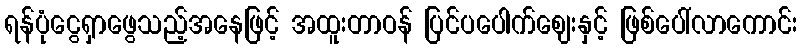
ရန်ပုံငွေရှာဖွေသည့်အနေဖြင့် အထူးတာဝန် ပြင်ပပေါက်ဈေးနှင့် ဖြစ်ပေါ်လာကောင်း